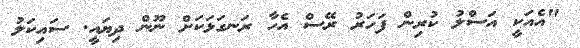
"އެއަކީ އަސްލު ކުރިން ފަހަރު ރޭސް އެހާ ރަނގަޅަކަށް ނޫން ދިޔައީ. ސައިކަލު